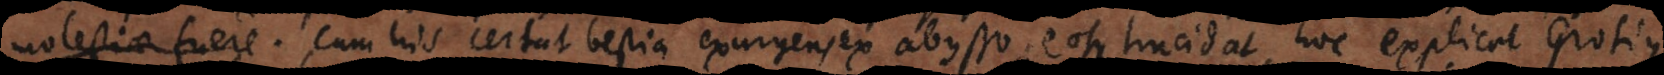
molestiae fuere.. Cum his certat bestia exurgens ex abysso, eosque trucidat, hoc explicat Grotius